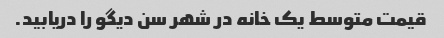
قیمت متوسط یک خانه در شهر سن دیگو را دریابید.